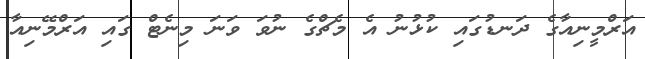
އަރްމީނިއާގެ ދަނޑުގައި ކުޅުނު އެ މެޗްގެ ނުވަ ވަނަ މިނެޓް ގައި އަރްމޭނިއާ